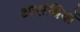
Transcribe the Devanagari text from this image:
आसंधियों